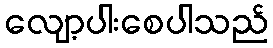
လျော့ပါးစေပါသည်